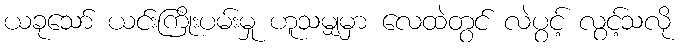
ယခုသော် ယင်းကြိုးပမ်းမှု ဟူသမျှမှာ လေထဲတွင် လဲပွင့် လွင့်သလို